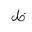
Letter: _za